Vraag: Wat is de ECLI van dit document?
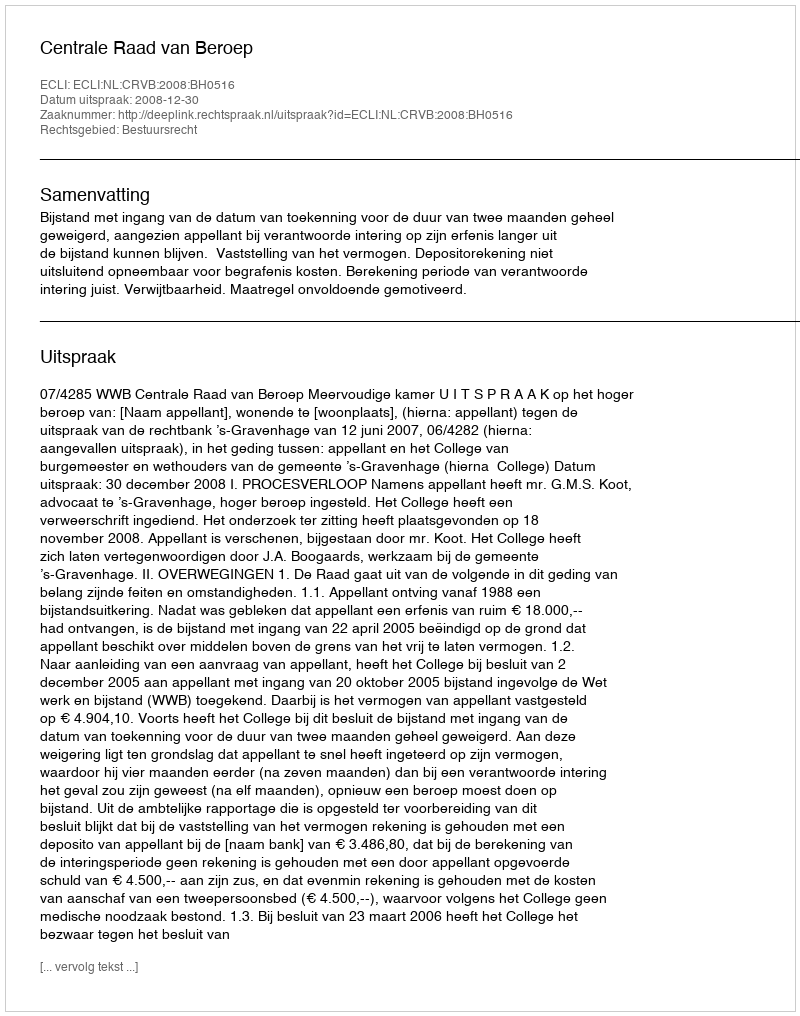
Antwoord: ECLI:NL:CRVB:2008:BH0516